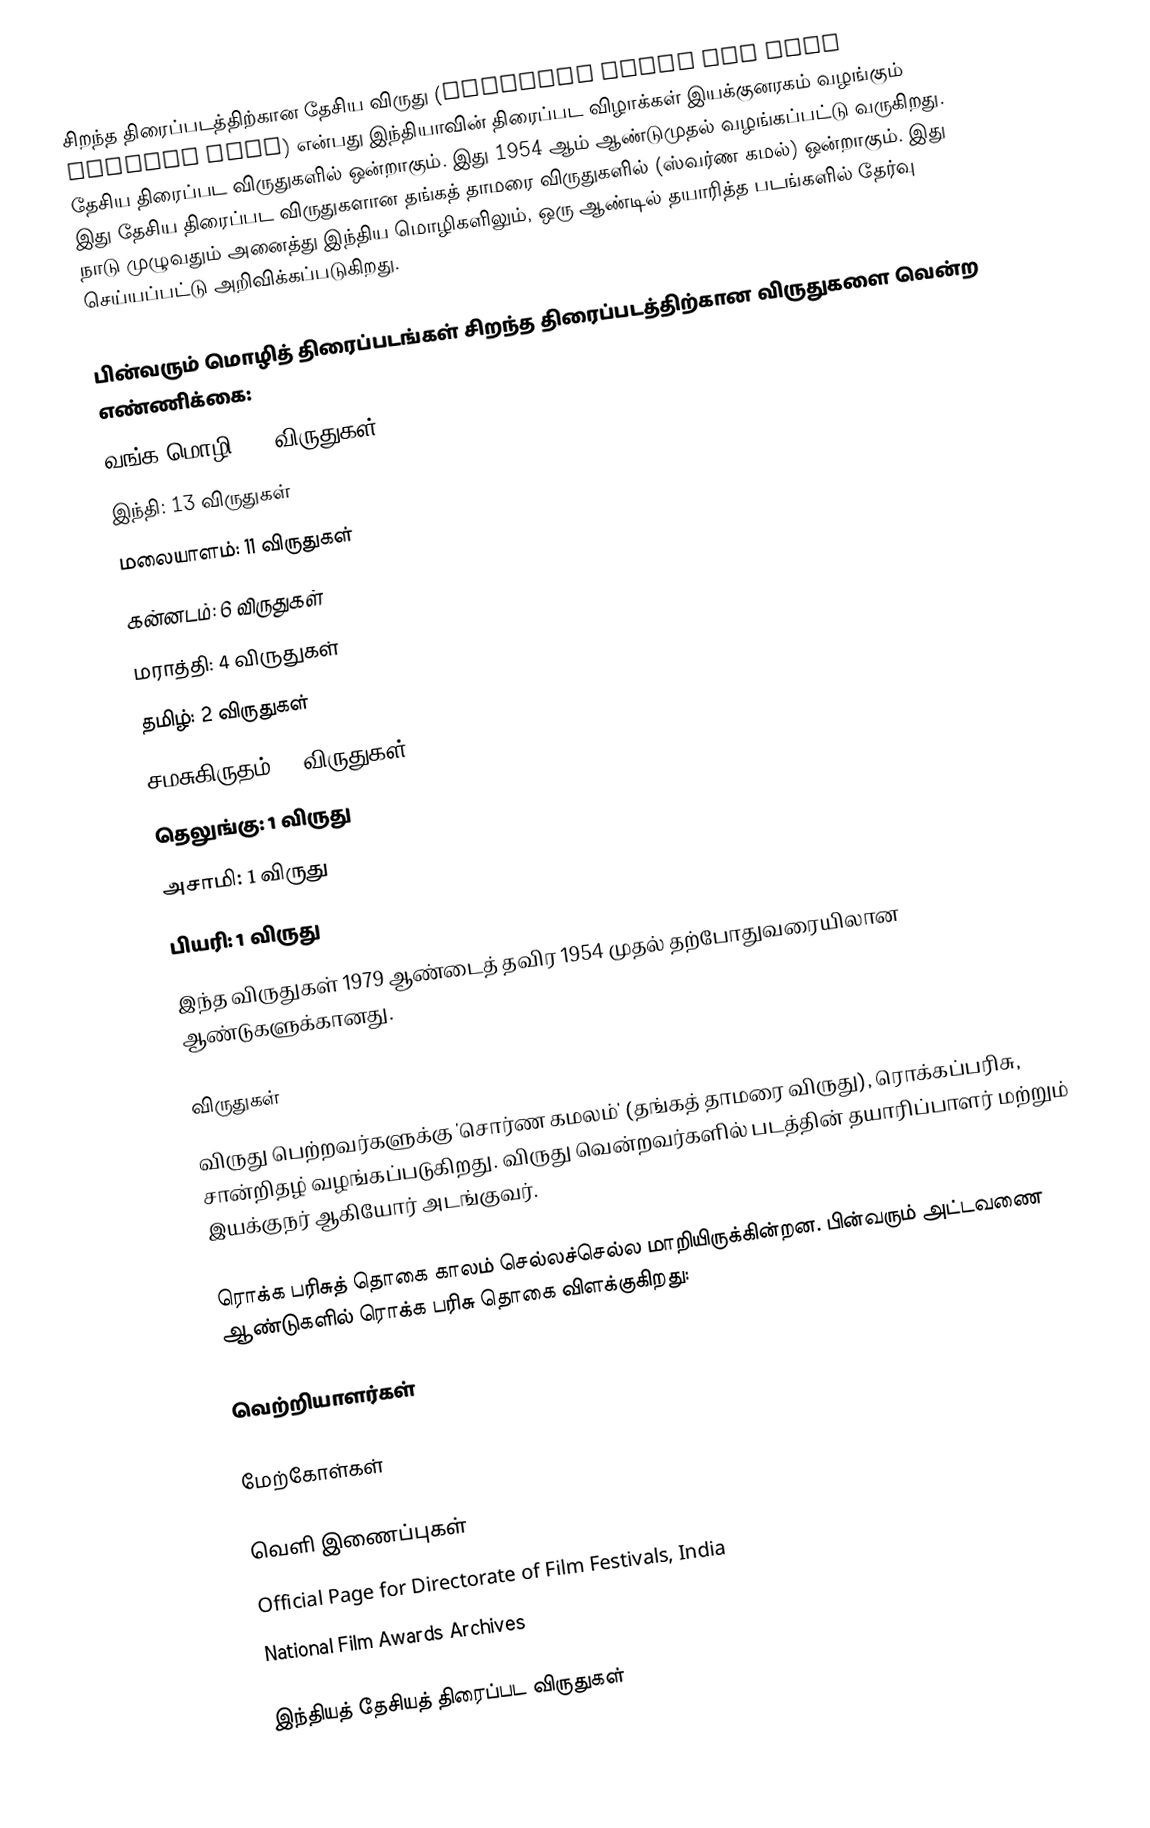
சிறந்த திரைப்படத்திற்கான தேசிய விருது (National Award for Best Feature Film) என்பது இந்தியாவின் திரைப்பட விழாக்கள் இயக்குனரகம் வழங்கும் தேசிய திரைப்பட விருதுகளில் ஒன்றாகும். இது 1954 ஆம் ஆண்டுமுதல் வழங்கப்பட்டு வருகிறது.  இது தேசிய திரைப்பட விருதுகளான  தங்கத் தாமரை விருதுகளில்  (ஸ்வர்ண கமல்) ஒன்றாகும்.  இது நாடு முழுவதும் அனைத்து இந்திய மொழிகளிலும், ஒரு ஆண்டில் தயாரித்த படங்களில் தேர்வு செய்யப்பட்டு அறிவிக்கப்படுகிறது.

பின்வரும் மொழித் திரைப்படங்கள் சிறந்த திரைப்படத்திற்கான விருதுகளை வென்ற எண்ணிக்கை:
வங்க மொழி: 22 விருதுகள்)
இந்தி: 13 விருதுகள்
மலையாளம்: 11 விருதுகள்
கன்னடம்: 6 விருதுகள்
மராத்தி: 4 விருதுகள்
தமிழ்: 2 விருதுகள்
சமசுகிருதம்: 2 விருதுகள்
தெலுங்கு: 1 விருது
அசாமி: 1 விருது
பியரி: 1 விருது
இந்த விருதுகள் 1979 ஆண்டைத் தவிர 1954 முதல் தற்போதுவரையிலான  ஆண்டுகளுக்கானது.

விருதுகள்
விருது பெற்றவர்களுக்கு 'சொர்ண கமலம்' (தங்கத் தாமரை விருது), ரொக்கப்பரிசு, சான்றிதழ் வழங்கப்படுகிறது. விருது வென்றவர்களில் படத்தின் தயாரிப்பாளர் மற்றும் இயக்குநர் ஆகியோர் அடங்குவர்.

ரொக்க பரிசுத் தொகை காலம் செல்லச்செல்ல மாறியிருக்கின்றன. பின்வரும் அட்டவணை ஆண்டுகளில் ரொக்க பரிசு தொகை விளக்குகிறது:

வெற்றியாளர்கள்

மேற்கோள்கள்

வெளி இணைப்புகள்
 Official Page for Directorate of Film Festivals, India
 National Film Awards Archives

இந்தியத் தேசியத் திரைப்பட விருதுகள்